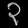
Digit: ၃